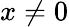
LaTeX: x\ne 0